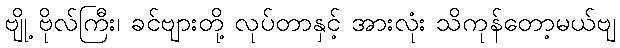
ဗျို့ ဗိုလ်ကြီး၊ ခင်ဗျားတို့ လုပ်တာနှင့် အားလုံး သိကုန်တော့မယ်ဗျ